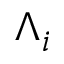
\Lambda _ { i }